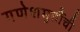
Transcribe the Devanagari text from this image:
गणेशमुर्तीची